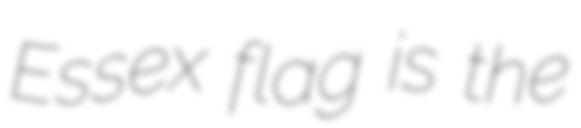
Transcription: Essex flag is the